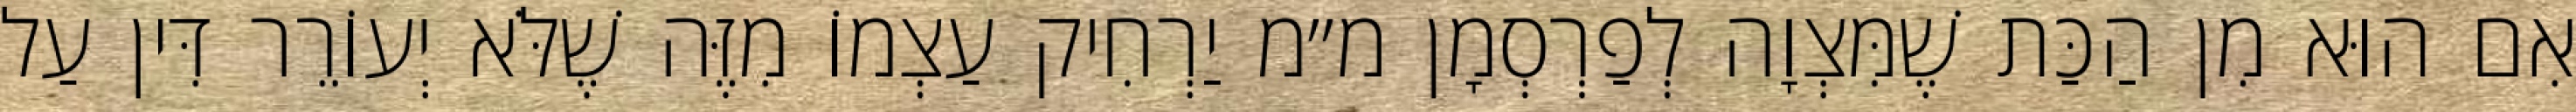
אִם הוּא מִן הַכַּת שֶׁמִּצְוָה לְפַרְסְמָן מ״מ יַרְחִיק עַצְמוֹ מִזֶּה שֶׁלֹּא יְעוֹרֵר דִּין עַל